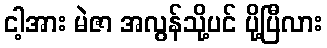
ငါ့အား မဲဇာ အလွန်သို့ပင် ပို့ပြီလား